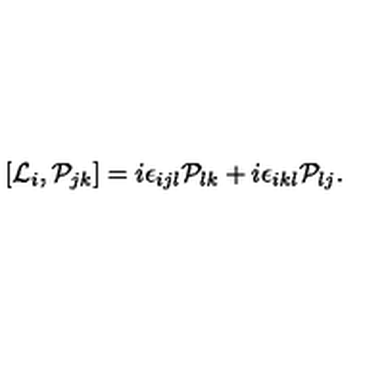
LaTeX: [ { \cal L } _ { i } , { \cal P } _ { j k } ] = i { \epsilon } _ { i j l } { \cal P } _ { l k } + i { \epsilon } _ { i k l } { \cal P } _ { l j } .